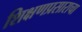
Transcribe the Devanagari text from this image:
शिक्षणप्रसाराचा